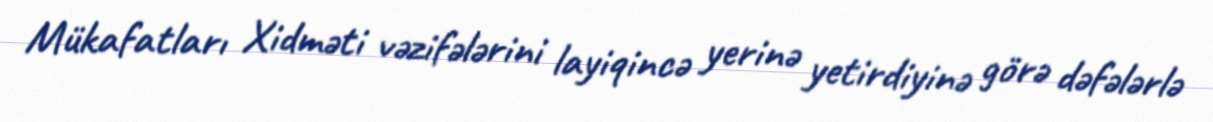
Mükafatları Xidməti vəzifələrini layiqincə yerinə yetirdiyinə görə dəfələrlə